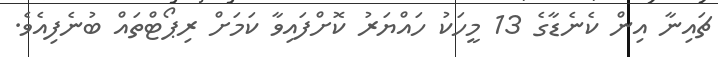
ޗައިނާ އިން ކެނެޑާގެ 13 މީހަކު ހައްޔަރު ކޮށްފައިވާ ކަމަށް ރިޕޯޓްތައް ބުނެފިއެވެ.